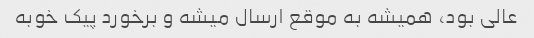
عالی بود، همیشه به موقع ارسال میشه و برخورد پیک خوبه